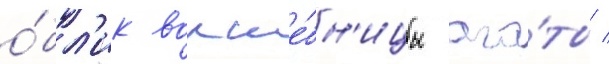
о́бл'ик волше́бн'ицы ага́ты /